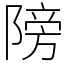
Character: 䧛